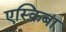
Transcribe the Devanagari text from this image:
एस्क्रिबा